Indian journal of veterinary science and animal husbandry - Volume 14,
Year: 1944
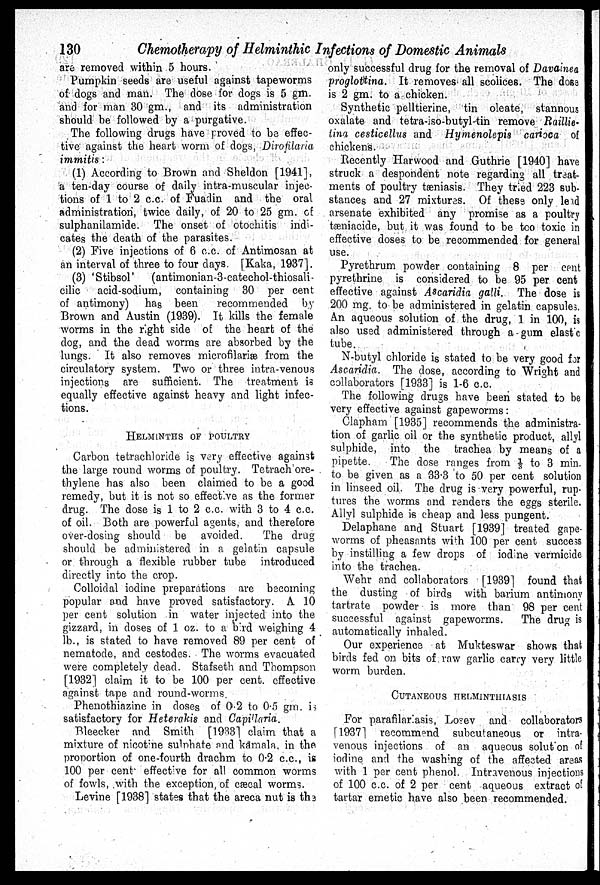
130
Chemotherapy of Helminthic Infections of Domestic Animals
are removed within 5 hours.
Pumpkin seeds are useful against tapeworms
of dogs and man. The dose for dogs is 5 gm.
and for man 30 gm., and its administration
should be followed by a purgative.
The following drugs have proved to be effec
tive against the heart worm of dogs, Dirofilaria
immitis:
(1) According to Brown and Sheldon [1941],
a ten-day course of daily intra-muscular injec
tions of 1 to 2 c.c. of Fuadin and the oral
administration, twice daily, of 20 to 25 gm. of
sulphanilamide. The onset of otochitis indi
cates the death of the parasites.
(2) Five injections of 6 c.c. of Antimosan at
an interval of three to four days. [Kaka, 1937].
(3) 'Stibsol' (antimonian-3-catechol-thiosali-
cilic acid-sodium, containing 30 per cent
of antimony) has been
recommended by
Brown and Austin (1939). It kills the female
worms in the right side of the heart of the
dog, and the dead worms are absorbed by the
lungs. It also removes microfilariæ from the
circulatory system. Two or three intra-venous
injections are sufficient. The treatment is
equally effective against heavy and light infec
tions.
HELMINTHS OF POULTRY
Carbon tetrachloride is very effective against
the large round worms of poultry. Tetrach ore-
thylene has also been claimed to be a good
remedy, but it is not so effective as the former
drug. The dose is 1 to 2 c.c. with 3 to 4 c.c.
of oil. Both are powerful agents, and therefore
over-dosing should be avoided.
The drug
should be administered in a gelatin capsule
or through a flexible rubber tube introduced
directly into the crop.
Colloidal iodine preparations are becoming
popular and have proved satisfactory. A 10
per cent solution in water injected into the
gizzard, in doses of 1 oz. to a bird weighing 4
lb., is stated to have removed 89 per cent of
nematode, and cestodes. The worms evacuated
were completely dead. Stafseth and Thompson
[1932] claim it to be 100 per cent. effective
against tape and round-worms.
Phenothiazine in doses of 0.2 to 0.5 gm. is
satisfactory for Heterakis and Capillaria.
Bleecker and Smith [1933] claim that a
mixture of nicotine sulnhate and kamaln. in the
proportion of one-fourth drachm to 0.2 c.c., is
100 per cent effective for all common worms
of fowls, with the exception, of cæcal worms.
Levine [1938] states that the areca nut is the
only successful drug for the removal of Davainea
proglottina. It removes all scoiices. The dose
is 2 gm. to a chicken.
Synthetic pelltierine, tin oleate, stannous
oxalate and tetra-iso-butyl-tin remove Raillie-
tina cesticellus and Hymenolepis carioca of
chickens.
Recently Harwood and Guthrie [1940] have
struck a despondent note regarding all treat
ments of poultry tæniasis. They tried 223 sub
stances and 27 mixtures. Of these only lead
arsenate exhibited any promise as a poultry
tæniacide, but it was found to be too toxic in
effective doses to be recommended for general
use.
Pyrethrum powder containing 8 per cent
pyrethrine is considered to be 95 per cent
effective against Ascaridia galli. The dose is
200 mg. to be administered in gelatin capsules.
An aqueous solution of the drug, 1 in 100, is
also used administered through a - gum elast c
tube.
N-butyl chloride is stated to be very good for
Ascaridia. The dose, according to Wright and
collaborators [1933] is 1-6 c.c.
The following drugs have been stated to be
very effective against gapeworms:
Clapham [1935] recommends the administra
tion of garlic oil or the synthetic product, allyl
sulphide, into the trachea by means of a
pipette.
The dose ranges from ⅓ to 3 min.
to be given as a 33.3 to 50 per cent solution
in linseed oil. The drug is very powerful, rup
tures the worms and renders the eggs sterile.
Allyl sulphide is cheap and less pungent.
Delaphane and Stuart [1939] treated gape-
worms of pheasants with 100 per cent success
by instilling a few drops of iodine vermicide
into the trachea.
Wehr and collaborators [1939] found that
the dusting of birds with barium antimony
tartrate powder is more than 98 per cent
successful against gapeworms.
The drug is
automatically inhaled.
Our experience at Mukteswar shows that
birds fed on bits of raw garlic carry very little
worm burden.
CUTANEOUS HELMINTHIASIS
For parafilariasis, Losev and collaborators
[1937] recommend subcutaneous or intra
venous injections of an aqueous solution of
iodine and the washing of the affected areas
with 1 per cent phenol. Intravenous injections
of 100 c.c. of 2 per cent aqueous extract of
tartar emetic have also been recommended.